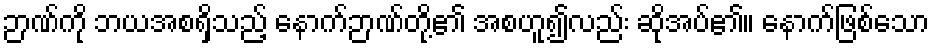
ဉာဏ်ကို ဘယအစရှိသည့် နောက်ဉာဏ်တို့၏ အစဟူ၍လည်း ဆိုအပ်၏။ နောက်ဖြစ်သော